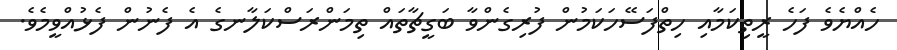
ހެއްޔެވެ ފަހެ ރީތިކަމާއި ހިތްފަސޭހަކަމުން ފުރިގެންވާ ބަގީޗާތައް ތިމަންރަސްކަލާނގެ އެ ފެނުން ފެޅުއްވީމެވެ.